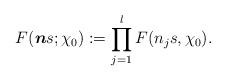
LaTeX: \begin{align*}F(\boldsymbol{n}s; \chi_0):=\prod_{j=1}^l F(n_j s, \chi_0).\end{align*}